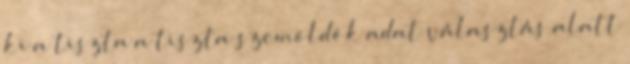
ki a tiszta a tiszta szemöldök adat választás alatt